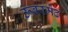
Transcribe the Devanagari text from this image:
ऊंबरमेढ